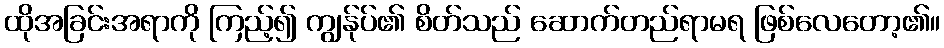
ထိုအခြင်းအရာကို ကြည့်၍ ကျွန်ုပ်၏ စိတ်သည် ဆောက်တည်ရာမရ ဖြစ်လေတော့၏။